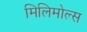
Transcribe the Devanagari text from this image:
मिलिमोल्स